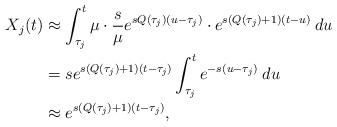
LaTeX: \begin{align*}X_j(t) &\approx \int_{\tau_j}^t \mu \cdot \frac{s}{\mu} e^{s Q(\tau_j) (u - \tau_j)} \cdot e^{s(Q(\tau_j) + 1)(t - u)} \: du \\&= s e^{s (Q(\tau_j) + 1) (t - \tau_j)} \int_{\tau_j}^t e^{-s (u - \tau_j)} \: du \\&\approx e^{s (Q(\tau_j) + 1) (t - \tau_j)},\end{align*}